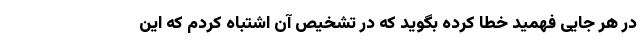
در هر جایی فهمید خطا کرده بگوید که در تشخیص آن اشتباه کردم که این